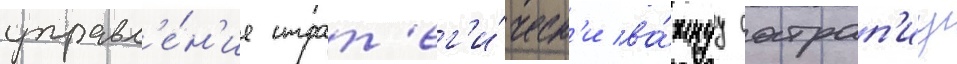
управл'е́н'ие страт'ег'и́ческ'и ва́жнуу сатрап'иу